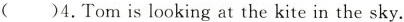
( )4.Tom is looking at the kite in the sky.